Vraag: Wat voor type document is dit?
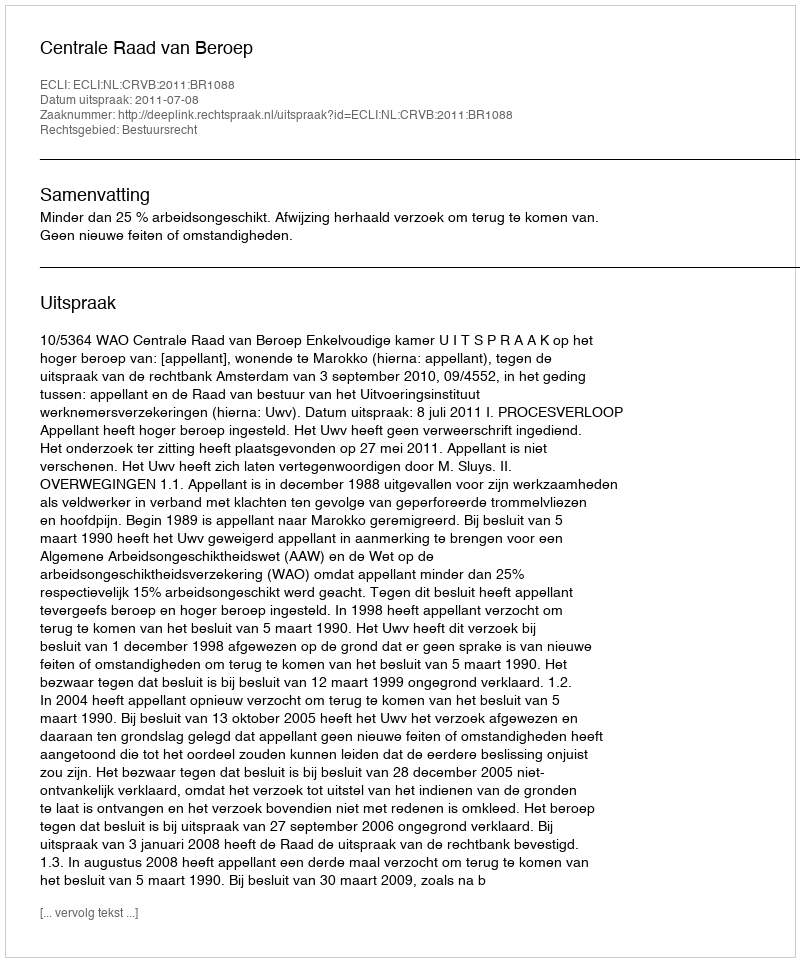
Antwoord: Uitspraak